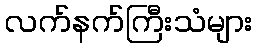
လက်နက်ကြီးသံများ